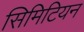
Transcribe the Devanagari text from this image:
सिमिटियन